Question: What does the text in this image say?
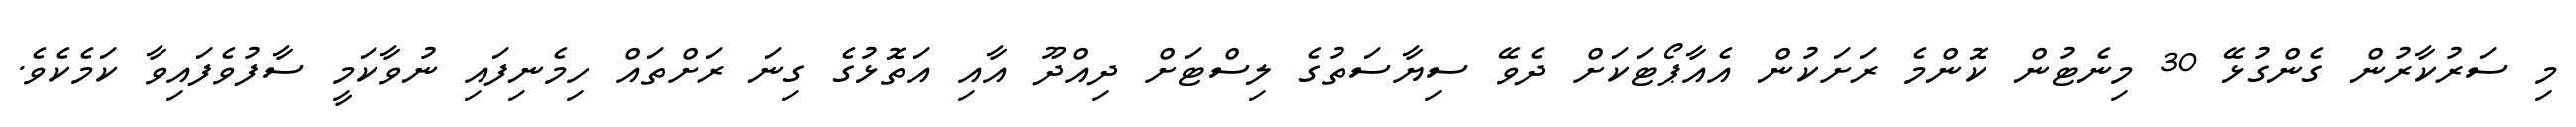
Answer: މި ސަރުކާރުން ގެންގުޅޭ 30 މިނެޓުން ކޮންމެ ރަށަކުން އެއާޕޯޓަކަށް ދެވޭ ސިޔާސަތުގެ ލިސްޓަށް ދިއްދޫ އާއި އަތޮޅުގެ ގިނަ ރަށްތައް ހިމެނިފައި ނުވާކަމީ ސާފުވެފައިވާ ކަމެކެވެ.